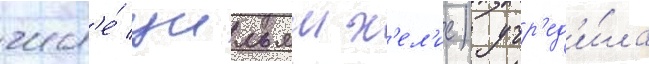
числ'е́ уильям х'ел'ис) учр'ед'и́ла